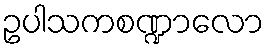
ဥပါသကစဏ္ဍာလော